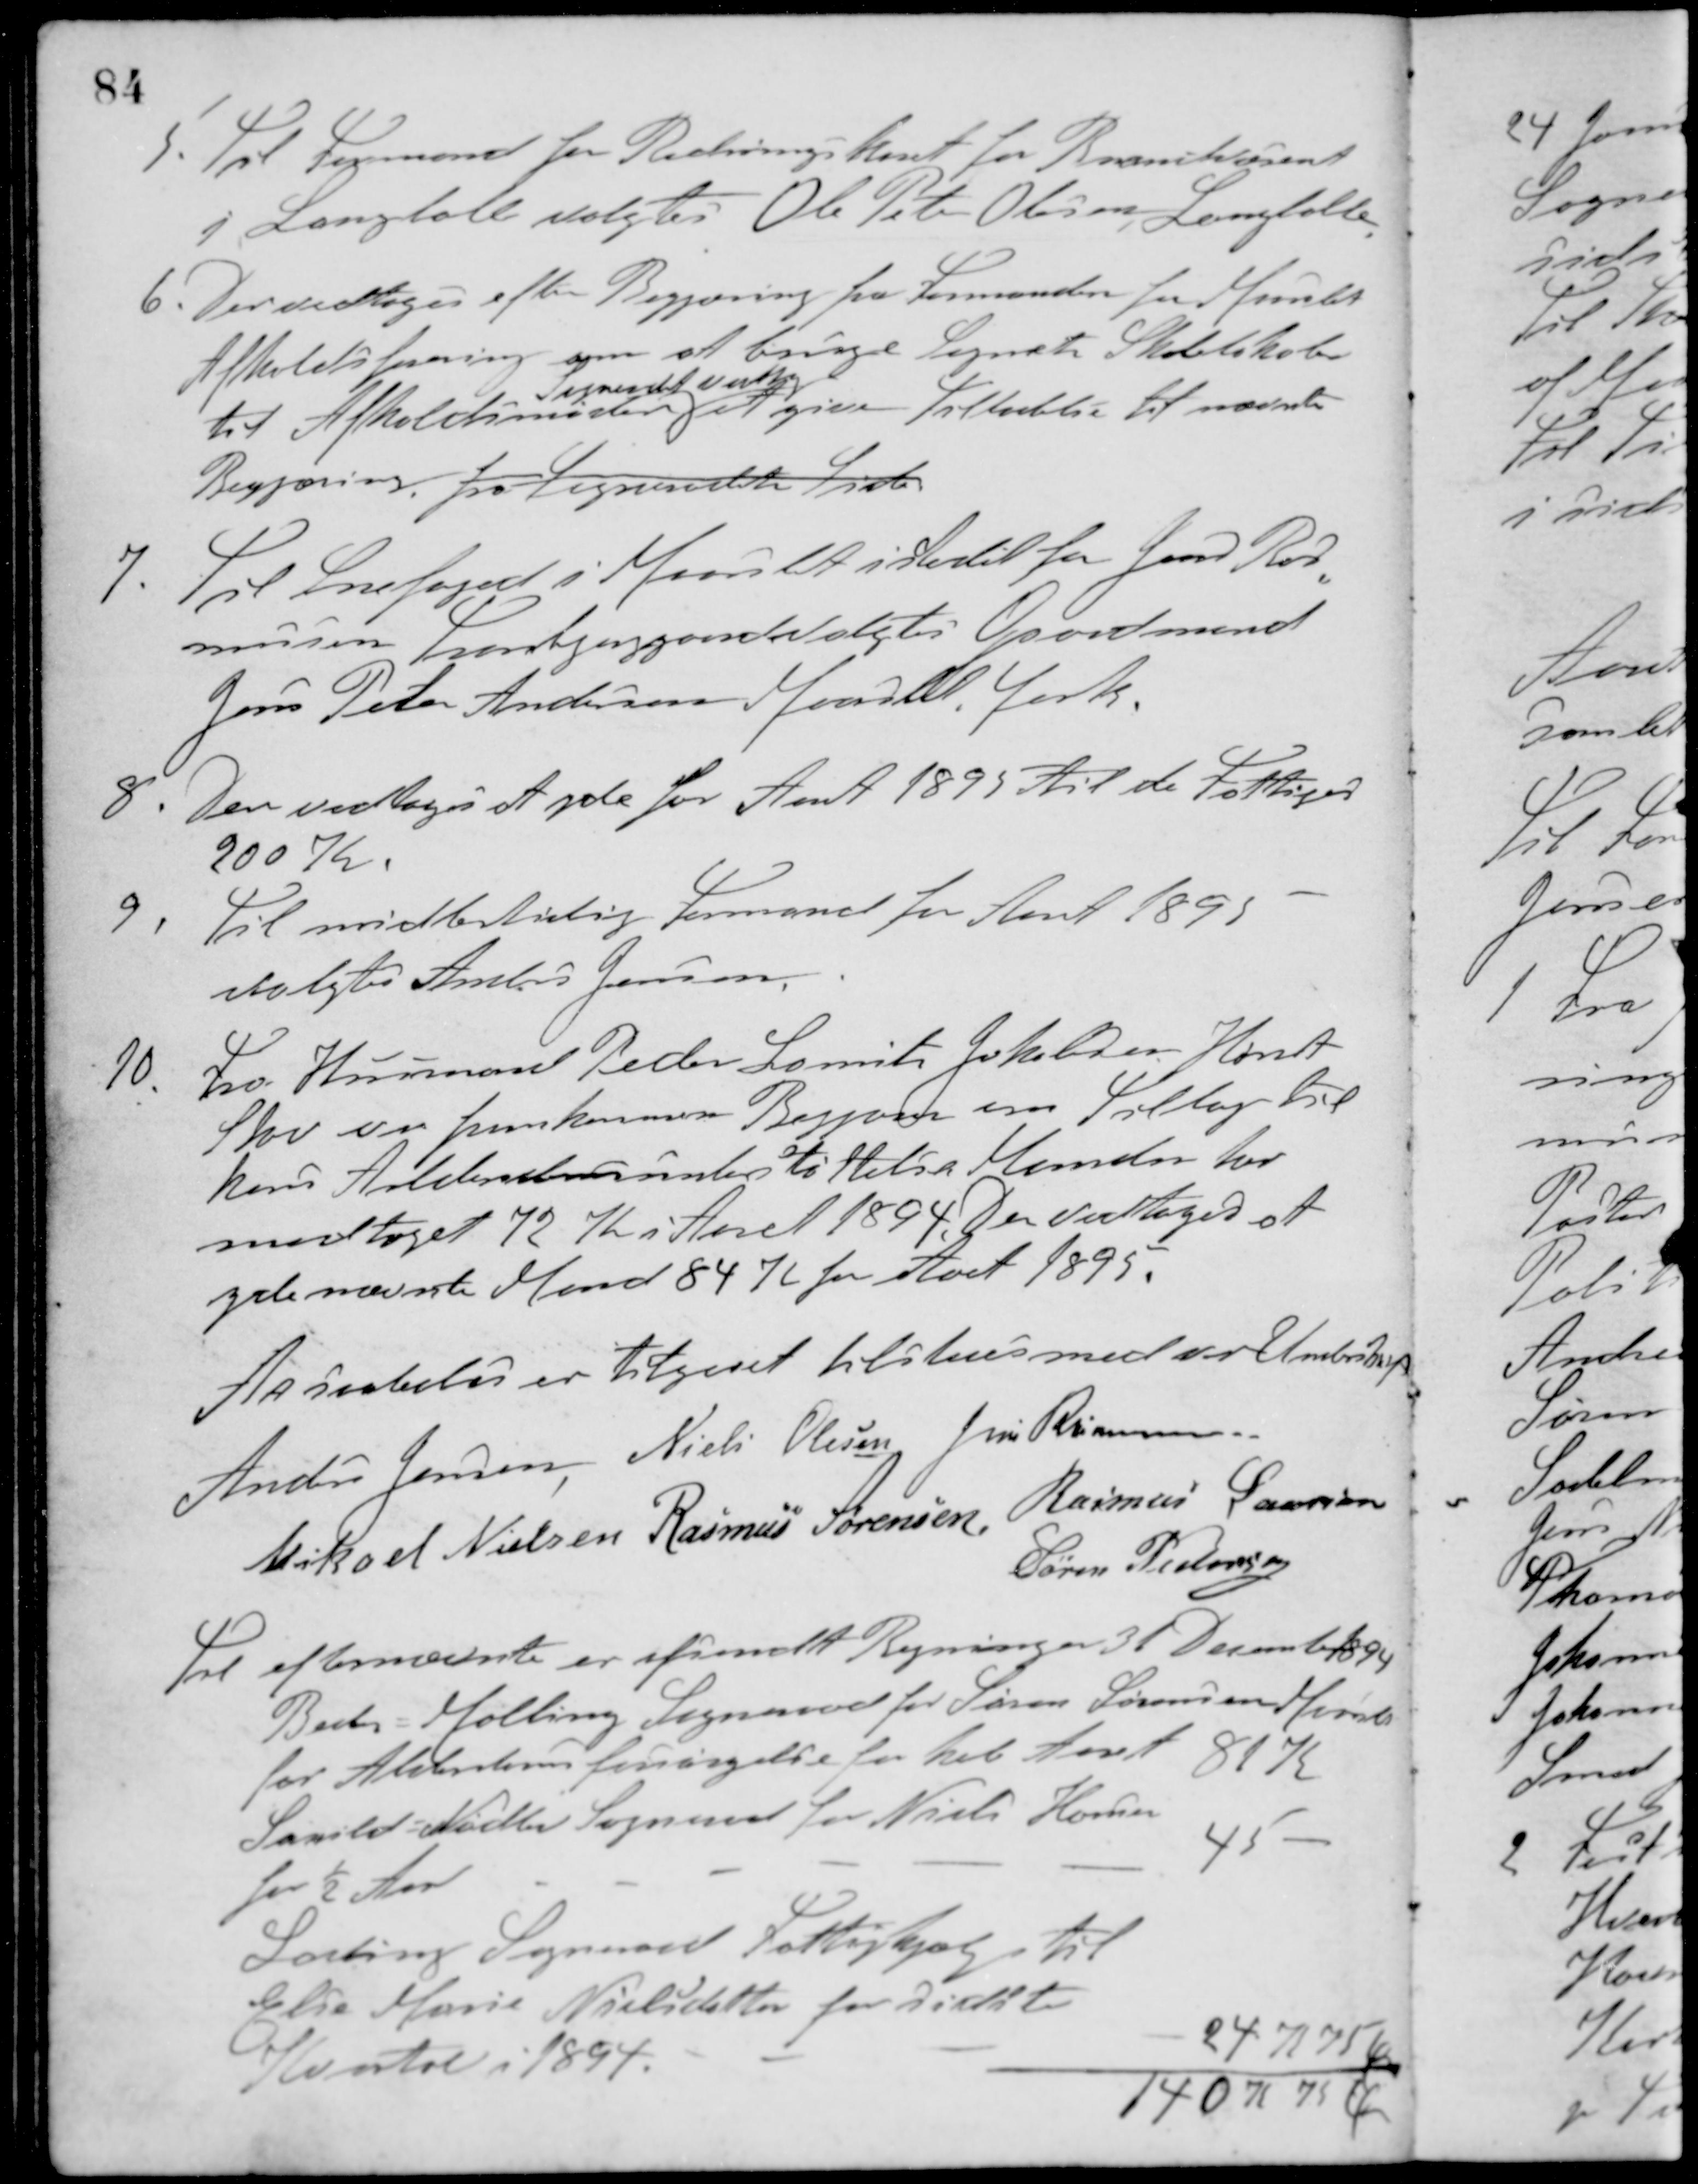
Transskription:
5. Til Formand for Redningskort for Brandvæsenet
i Langballe valgtes Ole Peter Olesen, Langballe.
6. Der vedtoges efter Begjæring fra Formanden for Maarslet
Afholdsforening om at bruge Sognets Skolelokale
til Afholdsmøder.
Sogneraadet vedtog
at give Tilladelse til nævnte
Begjæring. fra Sogneraadets Side.
7. Til Snefoged i Maarslet i stedet for Jens Ras-
mussen, Tranbjerggaard valgtes Gaardmand
Jens Peter Andersen Maarslet Mark.
8. Der vedtoges at yde for Aaret 1895 til de Fattiges
200 Kr.
9. Til midlertidig Formand for Aaret 1895
valgtes Anders Jensen.
10. Fra Husmand Peder Laurits Jakobsen Hørret
Skov var fremkommen Begjæring om Tillæg til
hans Alderdomsunderstøttelse. Manden har
modtaget 72 Kr i Aaret 1894. Der vedtoges at
yde nævnte Mand 84 Kr. for Aaret 1895.
At saaledes er tilgaaet tilstaaes med vor Underskrift
Anders Jensen Niels Olesen Jens Rasmussen
Mikael Nielsen Rasmus Sørensen Rasmus Laursen
Søren Pedersen
Til efternævnte er afsendt Regninger 31 December 1894
Beder-Malling Sogneraad for Søren Sørensen, Maarslet
for Alderdomsforsørgelse for hele Aaret 81 K
Saxild-Nødlev Sogneraad for Niels Hansen
for ½ Aar
45 -
Lading Sogneraad Fattighjælp til
Else Marie Nielsdatter for sidste
Kvartal i 1894.
24 K 75 Ø
140 K 75 Ø